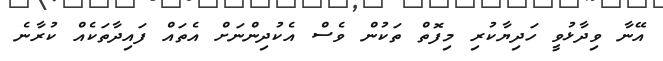
އޭނާ ވިދާޅުވީ ހަދިޔާކުރި މިފޮތް ތަކުން ވެސް އެކުދިންނަށް އެތައް ފައިދާތަކެއް ކުރާނެ